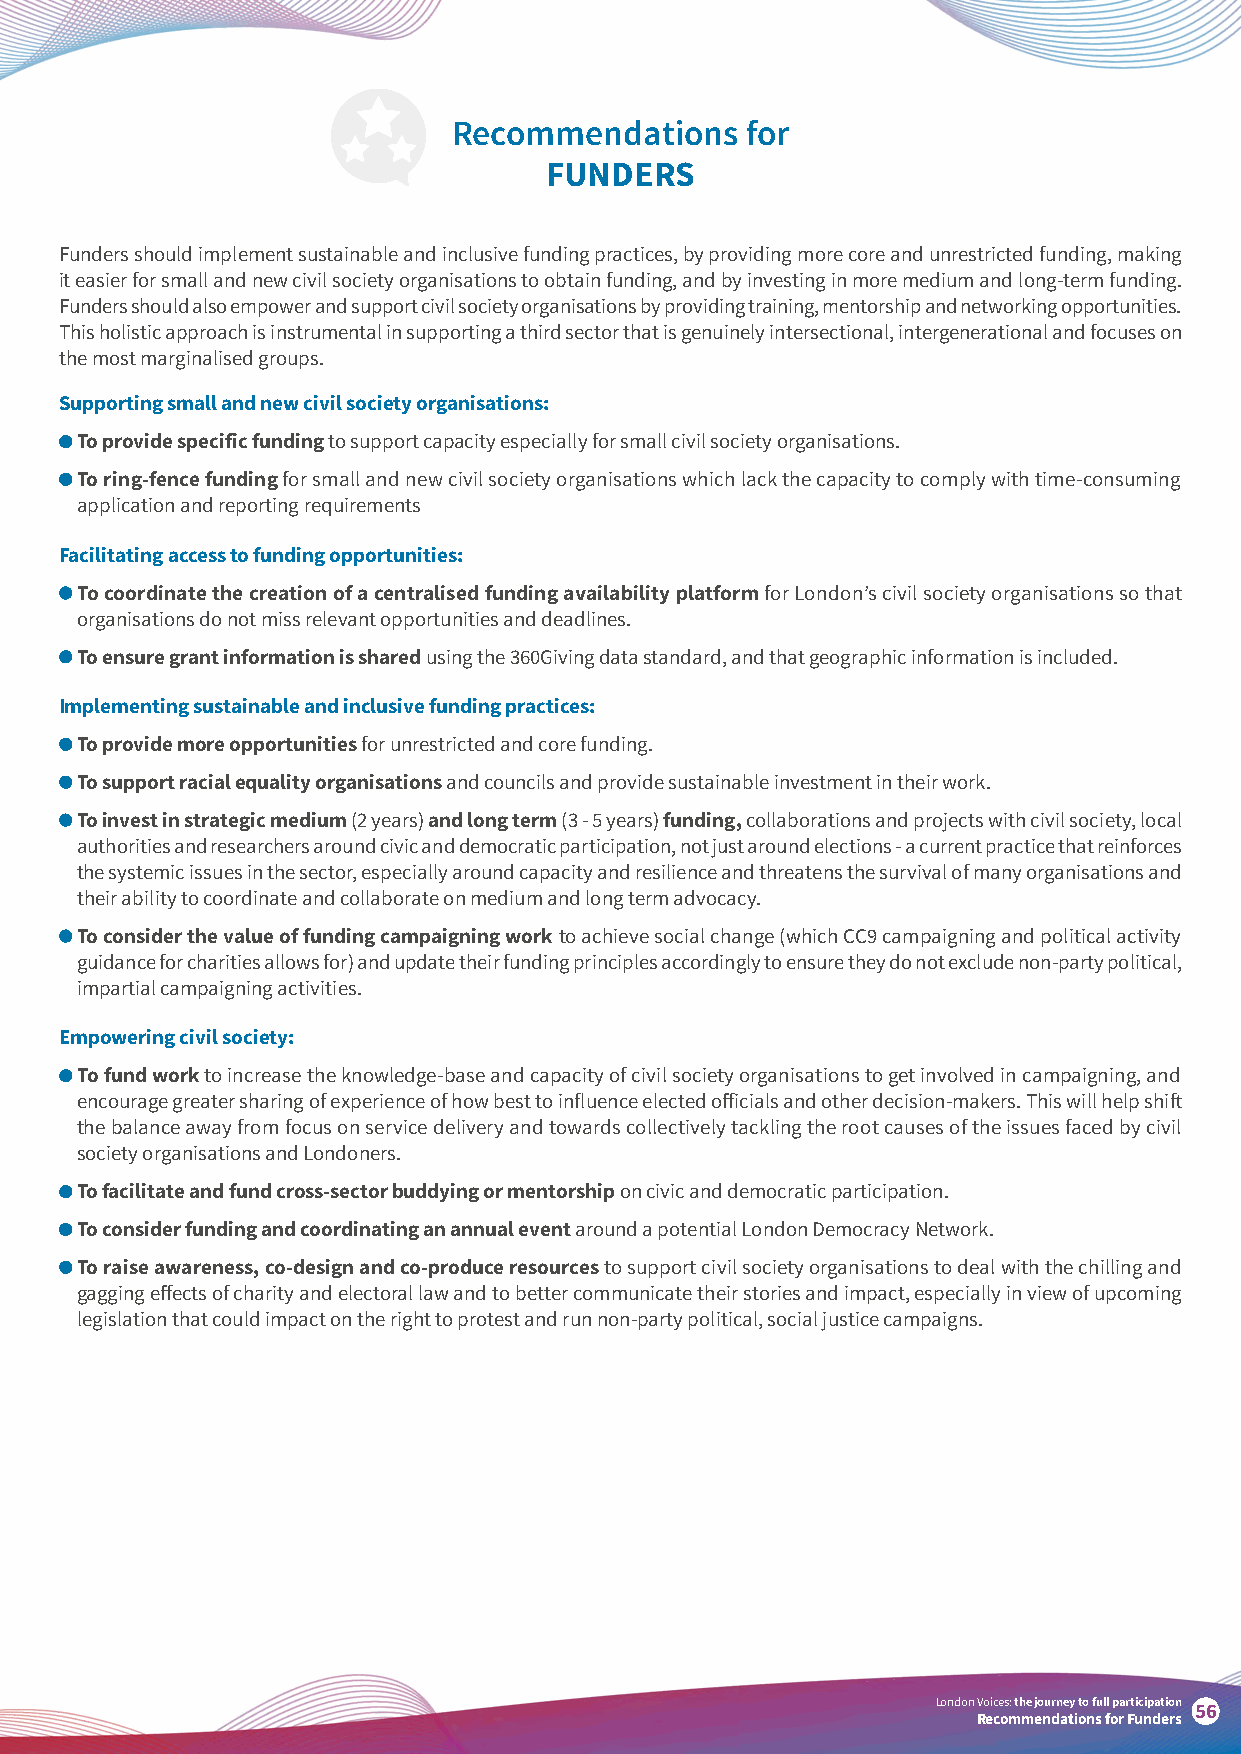
Recommendations    for
 FUNDERS
 Funders should implement sustainable and inclusive funding practices, by providing more core and unrestricted funding, making
 it easier for small and new civil society organisations to obtain funding, and by investing in more medium and long-term funding.
 Funders should also empower and support civil society organisations by providing training, mentorship and networking opportunities.
 This holistic approach is instrumental in supporting a third sector that is genuinely intersectional, intergenerational and focuses on
 the most marginalised groups.
 Supporting small and new civil society organisations:
 To provide specific funding to support capacity especially for small civil society organisations.
 To ring-fence funding for small and new civil society organisations which lack the capacity to comply with time-consuming
 application and reporting requirements
 Facilitating access to funding opportunities:
 To coordinate the creation of a centralised funding availability platform for London’s civil society organisations so that
 organisations do not miss relevant opportunities and deadlines.
 To ensure grant information is shared using the 360Giving data standard, and that geographic information is included.
 Implementing sustainable and inclusive funding practices:
 To provide more opportunities for unrestricted and core funding.
 To support racial equality organisations and councils and provide sustainable investment in their work.
 To invest in strategic medium (2 years) and long term (3 - 5 years) funding, collaborations and projects with civil society, local
 authorities and researchers around civic and democratic participation, not just around elections - a current practice that reinforces
 the systemic issues in the sector, especially around capacity and resilience and threatens the survival of many organisations and
 their ability to coordinate and collaborate on medium and long term advocacy.
 To consider the value of funding campaigning work to achieve social change (which CC9 campaigning and political activity
 guidance for charities allows for) and update their funding principles accordingly to ensure they do not exclude non-party political,
 impartial campaigning activities.
 Empowering civil society:
 To fund work to increase the knowledge-base and capacity of civil society organisations to get involved in campaigning, and
 encourage greater sharing of experience of how best to influence elected officials and other decision-makers. This will help shift
 the balance away from focus on service delivery and towards collectively tackling the root causes of the issues faced by civil
 society organisations and Londoners.
 To facilitate and fund cross-sector buddying or mentorship on civic and democratic participation.
 To consider funding and coordinating an annual event around a potential London Democracy Network.
 To raise awareness, co-design and co-produce resources to support civil society organisations to deal with the chilling and
 gagging effects of charity and electoral law and to better communicate their stories and impact, especially in view of upcoming
 legislation that could impact on the right to protest and run non-party political, social justice campaigns.
 London Voices: the journey to full participation
 56
 Recommendations for Funders